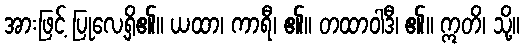
အားဖြင့် ပြုလေ့ရှိ၏။ ယထာ၊ ကာရီ၊ ၏။ တထာဝါဒီ၊ ၏။ ဣတိ၊ သို့။